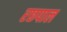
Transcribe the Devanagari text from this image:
रछपाल